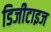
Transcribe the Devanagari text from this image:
डिजीटाइज